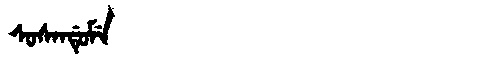
Manchu: ᠰᠣᠰᠠᠨᡩᡠᠮᡝ
Romanization: SOSANDUME